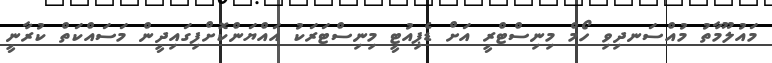
މައުލޫމާތު މުއްސަނދިވި ހޯމް މިނިސްޓްރީ އަށް ޑެޕިއުޓީ މިނިސްޓަރަކު އައްޔަންކޮށްފިގައިދީން މަސައްކަތް ކުރާނީ